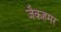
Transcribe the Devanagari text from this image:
जैकहमर